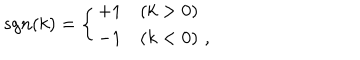
s g n ( k ) = \left\{ \begin{array} { l l } { { + 1 } } & { { ( k > 0 ) } } \\ { { - 1 } } & { { ( k < 0 ) \, \, , } } \\ \end{array} \right.